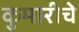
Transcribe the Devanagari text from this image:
कुमारीचे